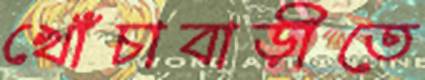
খোঁচাবাড়ীতে